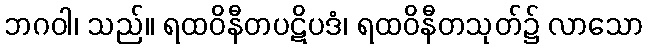
ဘဂဝါ၊ သည်။ ရထဝိနီတပဋိပဒံ၊ ရထဝိနီတသုတ်၌ လာသော